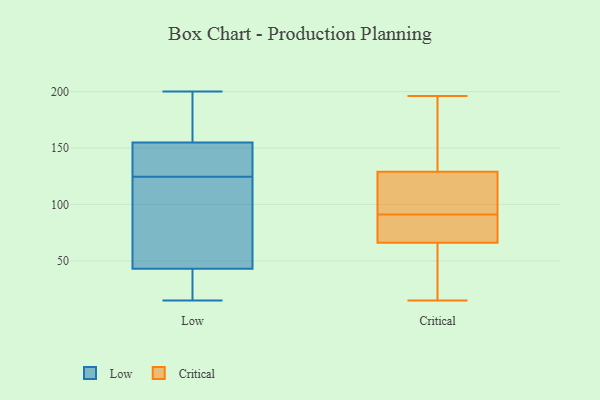
{"axis": {"x": "Budget (USD K)", "y": "Value"}, "legend": ["Critical", "Low"], "data": [{"x": "", "y": 32, "type": "Low"}, {"x": "", "y": 120, "type": "Low"}, {"x": "", "y": 169, "type": "Low"}, {"x": "", "y": 196, "type": "Low"}, {"x": "", "y": 190, "type": "Low"}, {"x": "", "y": 136, "type": "Low"}, {"x": "", "y": 43, "type": "Low"}, {"x": "", "y": 129, "type": "Low"}, {"x": "", "y": 43, "type": "Low"}, {"x": "", "y": 105, "type": "Low"}, {"x": "", "y": 140, "type": "Low"}, {"x": "", "y": 40, "type": "Low"}, {"x": "", "y": 15, "type": "Low"}, {"x": "", "y": 45, "type": "Low"}, {"x": "", "y": 200, "type": "Low"}, {"x": "", "y": 155, "type": "Low"}, {"x": "", "y": 134, "type": "Low"}, {"x": "", "y": 35, "type": "Low"}, {"x": "", "y": 82, "type": "Critical"}, {"x": "", "y": 159, "type": "Critical"}, {"x": "", "y": 106, "type": "Critical"}, {"x": "", "y": 62, "type": "Critical"}, {"x": "", "y": 114, "type": "Critical"}, {"x": "", "y": 92, "type": "Critical"}, {"x": "", "y": 196, "type": "Critical"}, {"x": "", "y": 173, "type": "Critical"}, {"x": "", "y": 127, "type": "Critical"}, {"x": "", "y": 90, "type": "Critical"}, {"x": "", "y": 15, "type": "Critical"}, {"x": "", "y": 70, "type": "Critical"}, {"x": "", "y": 131, "type": "Critical"}, {"x": "", "y": 33, "type": "Critical"}, {"x": "", "y": 78, "type": "Critical"}, {"x": "", "y": 18, "type": "Critical"}]}